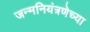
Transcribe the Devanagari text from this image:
जन्मनियंत्रणेच्या